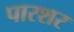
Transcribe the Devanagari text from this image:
पारशर